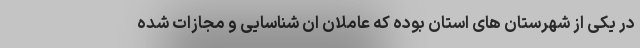
در یکی از شهرستان های استان بوده که عاملان ان شناسایی و مجازات شده